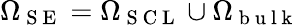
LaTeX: \Omega_{\mathrm{~S~E~}}=\Omega_{\mathrm{~S~C~L~}}\cup\Omega_{\mathrm{~b~u~l~k~}}